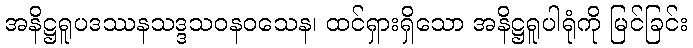
အနိဋ္ဌရူပဒဿနသဒ္ဒသဝနဝသေန၊ ထင်ရှားရှိသော အနိဋ္ဌရူပါရုံကို မြင်ခြင်း